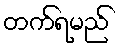
တက်ရမည်